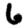
Digit: 6